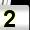
Digit: 2